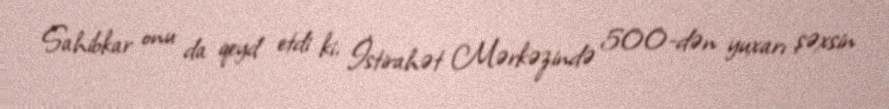
Sahibkar onu da qeyd etdi ki, İstirahət Mərkəzində 500-dən yuxarı şəxsin